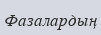
Фазалардың